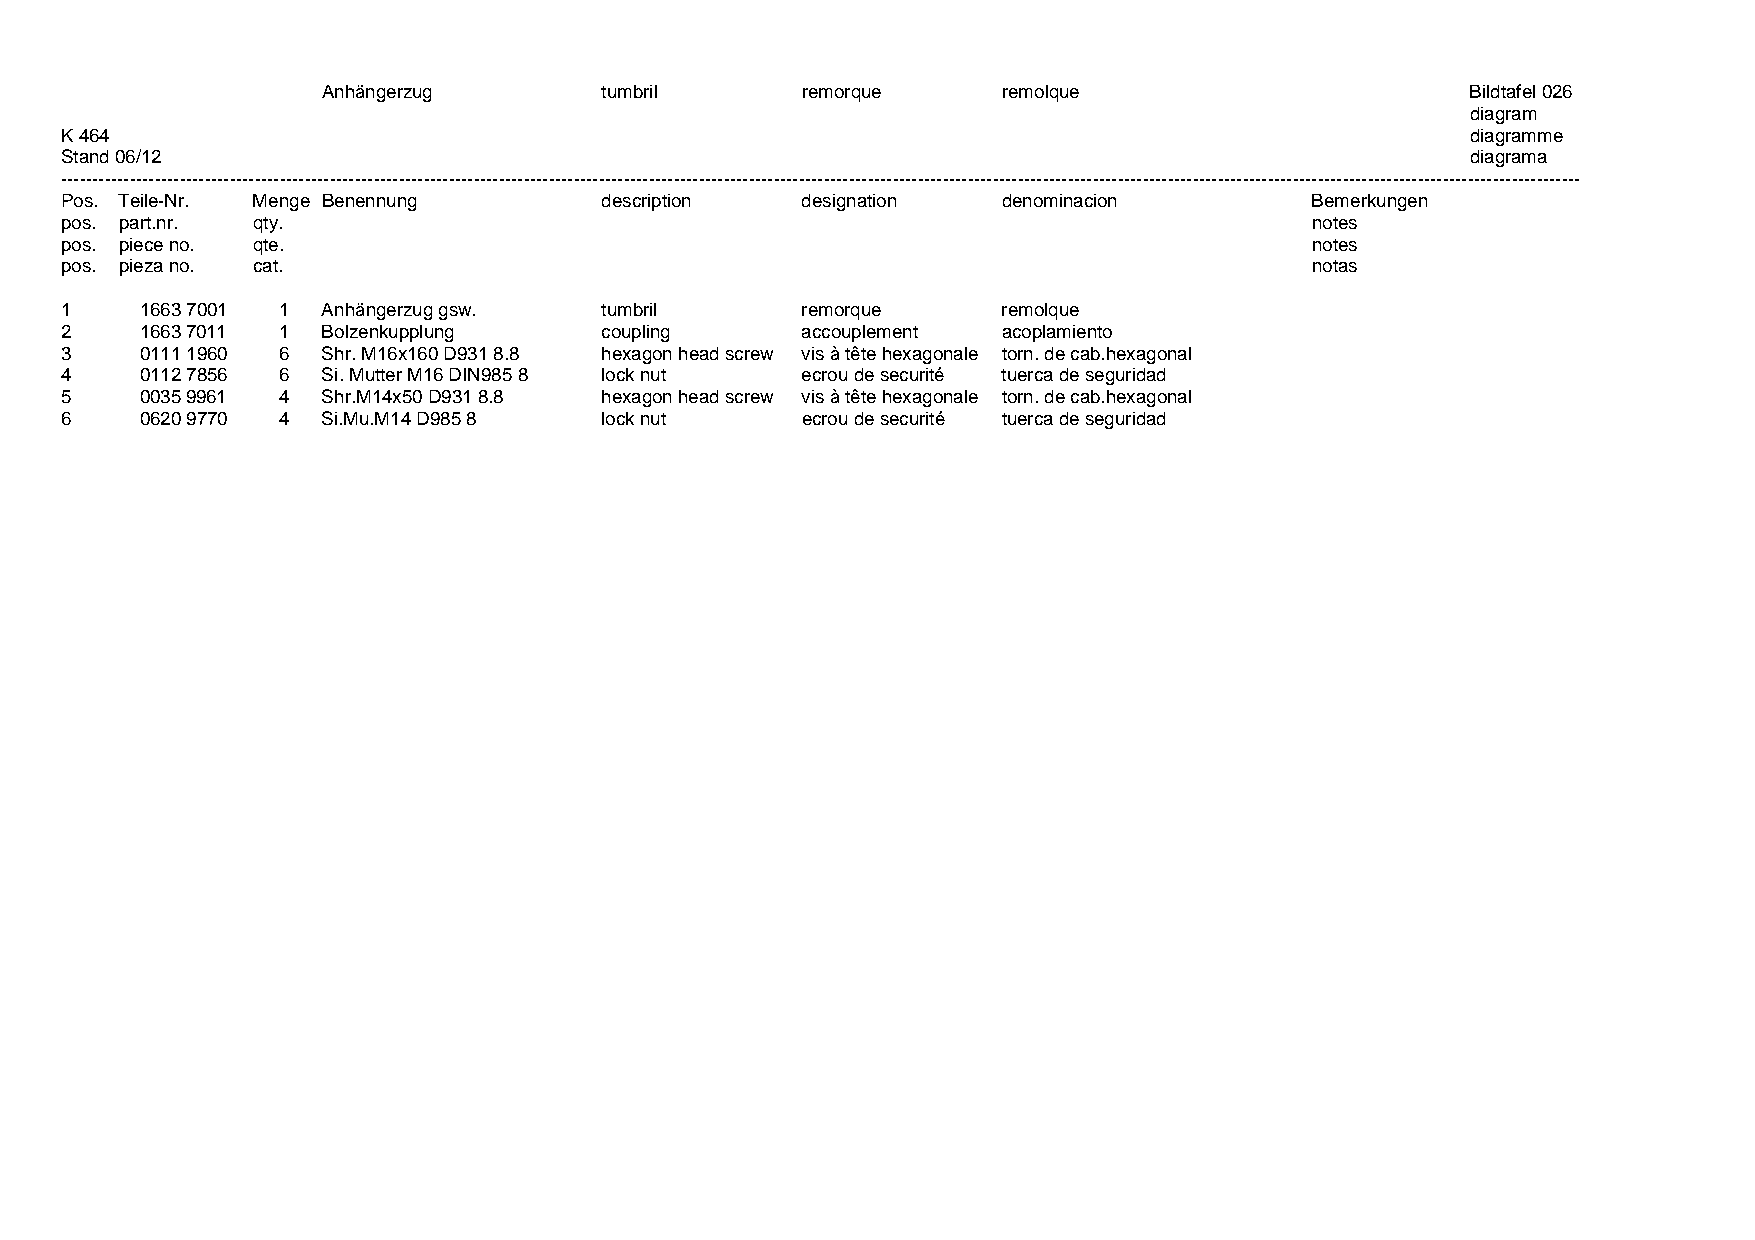
Anhängerzug        tumbril      remorque     remolque                       Bildtafel 026
 diagram
 K 464                                                                                        diagramme
 Stand 06/12                                                                                  diagrama
 ---------------------------------------------------------------------------------------------------------------------------------------------------------------------------------------------------------------------------------------------------
 Pos. Teile-Nr. Menge Benennung      description  designation  denominacion         Bemerkungen
 pos. part.nr. qty.                                                                 notes
 pos. piece no. qte.                                                                notes
 pos. pieza no. cat.                                                                notas
 1    1663 7001 1 Anhängerzug gsw.   tumbril      remorque     remolque
 2    1663 7011 1 Bolzenkupplung     coupling     accouplement acoplamiento
 3    0111 1960 6 Shr. M16x160 D931 8.8 hexagon head screw vis à tête hexagonale torn. de cab.hexagonal
 4    0112 7856 6 Si. Mutter M16 DIN985 8 lock nut ecrou de securité tuerca de seguridad
 5    0035 9961 4 Shr.M14x50 D931 8.8 hexagon head screw vis à tête hexagonale torn. de cab.hexagonal
 6    0620 9770 4 Si.Mu.M14 D985 8   lock nut     ecrou de securité tuerca de seguridad